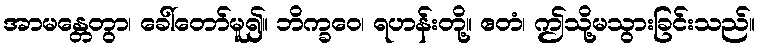
အာမန္တေတွာ၊ ခေါ်တော်မူ၍။ ဘိက္ခဝေ၊ ရဟန်းတို့။ ဧတံ၊ ဤသို့မသွားခြင်းသည်။